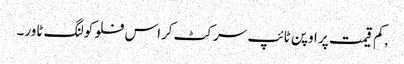
,کم قیمت پر اوپن ٹائپ سرکٹ کراس فلو کولنگ ٹاور۔